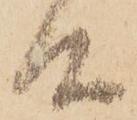
候